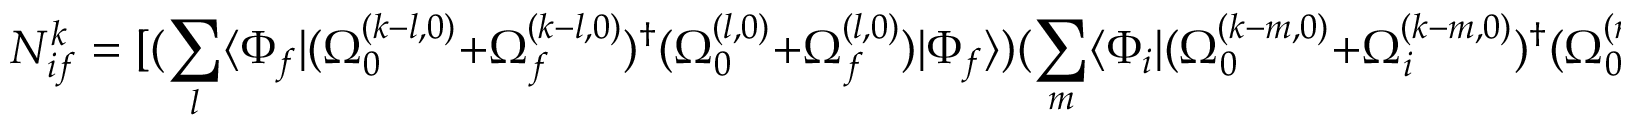
{ \cal N } _ { i f } ^ { k } = [ ( \sum _ { l } \langle \Phi _ { f } | ( \Omega _ { 0 } ^ { ( k - l , 0 ) } + \Omega _ { f } ^ { ( k - l , 0 ) } ) ^ { \dagger } ( \Omega _ { 0 } ^ { ( l , 0 ) } + \Omega _ { f } ^ { ( l , 0 ) } ) | \Phi _ { f } \rangle ) ( \sum _ { m } \langle \Phi _ { i } | ( \Omega _ { 0 } ^ { ( k - m , 0 ) } + \Omega _ { i } ^ { ( k - m , 0 ) } ) ^ { \dagger } ( \Omega _ { 0 } ^ { ( m , 0 ) } + \Omega _ { i } ^ { ( m , 0 ) } ) | \Phi _ { i } \rangle ) ] ^ { 1 / 2 }